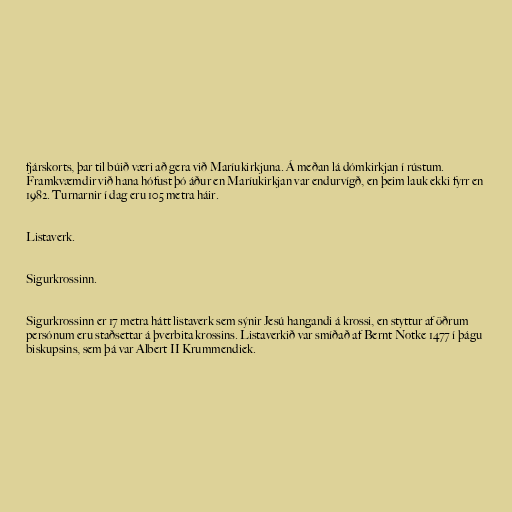
fjárskorts, þar til búið væri að gera við Maríukirkjuna. Á meðan lá dómkirkjan í rústum.
Framkvæmdir við hana hófust þó áður en Maríukirkjan var endurvígð, en þeim lauk ekki fyrr en
1982. Turnarnir í dag eru 105 metra háir.

Listaverk.

Sigurkrossinn.

Sigurkrossinn er 17 metra hátt listaverk sem sýnir Jesú hangandi á krossi, en styttur af öðrum
persónum eru staðsettar á þverbita krossins. Listaverkið var smíðað af Bernt Notke 1477 í þágu
biskupsins, sem þá var Albert II Krummendiek.